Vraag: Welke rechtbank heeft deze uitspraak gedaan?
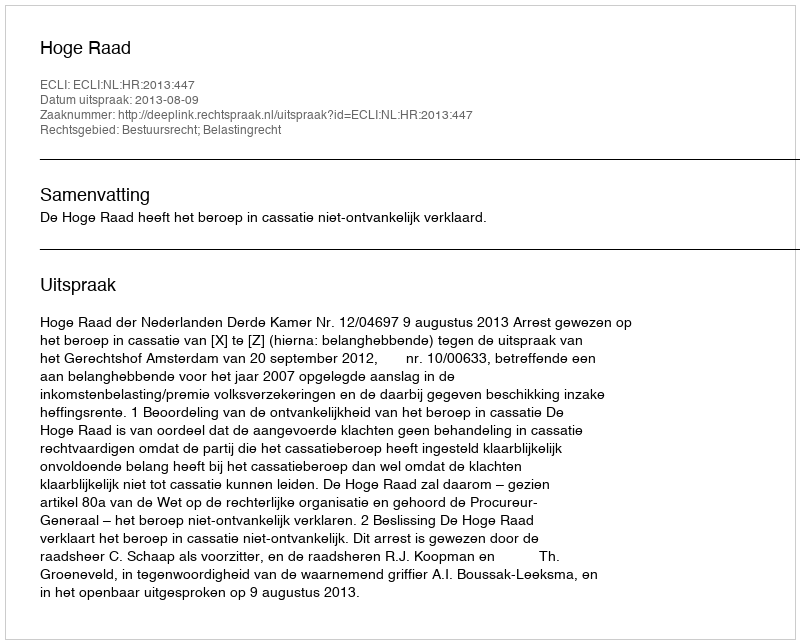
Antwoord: Hoge Raad